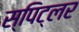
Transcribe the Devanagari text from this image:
स्पिट्लर